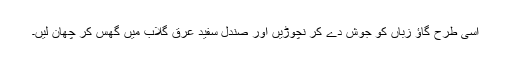
اِسی طرح گاؤ زباں کو جوش دے کر نچوڑیں اور صندل سفید عرق گلاب میں گھِس کر چھان لیں۔